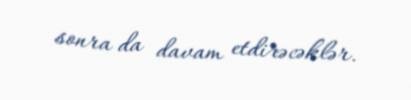
sonra da davam etdirəcəklər.